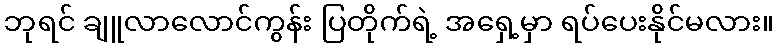
ဘုရင် ချူလာလောင်ကွန်း ပြတိုက်ရဲ့ အရှေ့မှာ ရပ်ပေးနိုင်မလား။